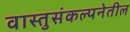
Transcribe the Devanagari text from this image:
वास्तुसंकल्पनेतील